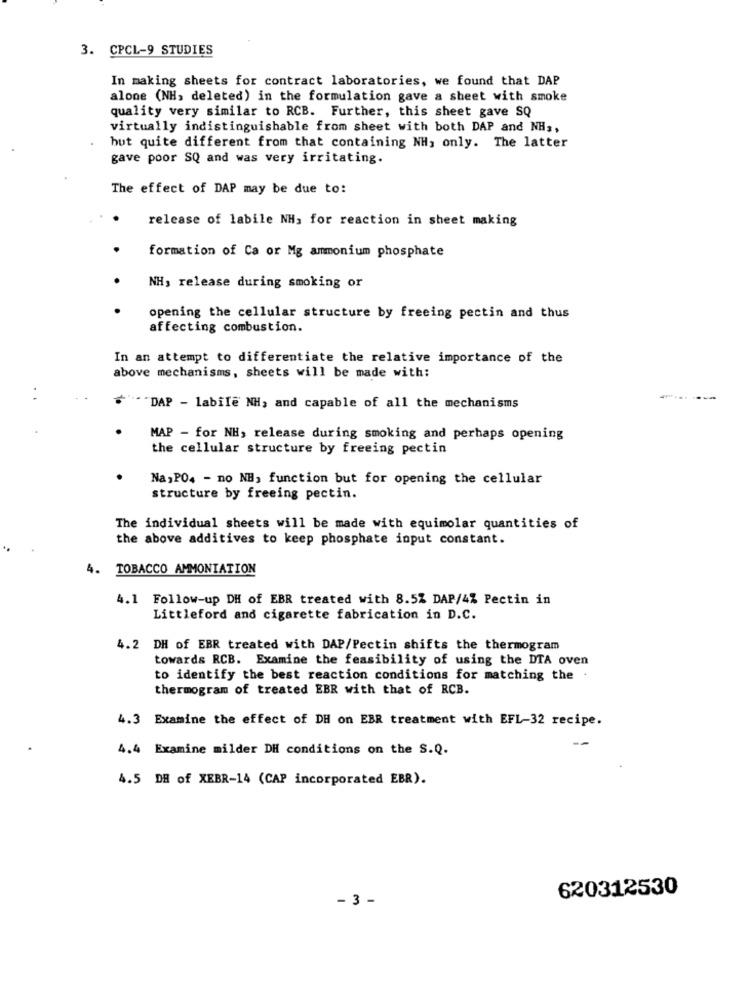
3. CPCL-9 STUDIES
In making sheets for contract laboratories, we found that DAP
alone (NH, deleted) in the formulation gave a sheet with smoke
quality very similar to RCB. Further, this sheet gave SQ
virtually indistinguishable from sheet with both DAP and NH ,,
but quite different from that containing NH, only. The latter
gave poor SQ and was very irritating.
The effect of DAP may be due to:
release of labile NH, for reaction in sheet making
formation of Ca or Mg ammonium phosphate
NH, release during smoking or
opening the cellular structure by freeing pectin and thus
affecting combustion.
In an attempt to differentiate the relative importance of the
above mechanisms, sheets will be made with:
--
"" "DAP - labile NH, and capable of all the mechanisms
MAP - for NH, release during smoking and perhaps opening
the cellular structure by freeing pectin
Na, PO4 - no NH, function but for opening the cellular
structure by freeing pectin.
The individual sheets will be made with equimolar quantities of
the above additives to keep phosphate input constant.
4. TOBACCO AMMONIATION
4.1 Follow-up DH of EBR treated with 8.5% DAP/4% Pectin in
Littleford and cigarette fabrication in D.C.
4.2 DH of EBR treated with DAP/Pectin shifts the thermogram
towards RCB. Examine the feasibility of using the DTA oven
to identify the best reaction conditions for matching the
thermogram of treated EBR with that of RCB.
4.3 Examine the effect of DH on EBR treatment with EFL-32 recipe.
4.4 Examine milder DH conditions on the S.Q.
4.5 DB of XEBR-14 (CAP incorporated EBR).
620312530
- 3 -